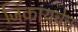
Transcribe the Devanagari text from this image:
जिंकायचेच